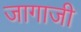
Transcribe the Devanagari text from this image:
जागाजी